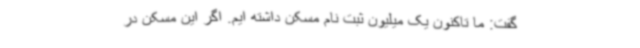
گفت: ما تاکنون یک میلیون ثبت نام مسکن داشته ایم. اگر این مسکن در